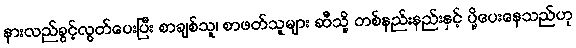
နားလည်ခွင့်လွတ်ပေးပြီး စာချစ်သူ၊ စာဖတ်သူများ ဆီသို့ တစ်နည်းနည်းနှင့် ပို့ပေးနေသည်ဟု